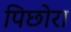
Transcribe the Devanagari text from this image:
पिछोरा